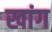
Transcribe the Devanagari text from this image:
खांग